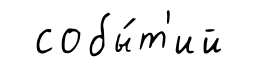
собы́т'ий